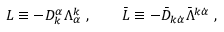
L \equiv - D _ { k } ^ { \alpha } \Lambda _ { \alpha } ^ { k } \ , \qquad \bar { L } \equiv - { \bar { D } } _ { k \dot { \alpha } } \bar { \Lambda } ^ { k \dot { \alpha } } \ ,